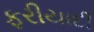
ફરીયાદી